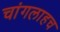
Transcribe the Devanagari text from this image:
चांगलाहच